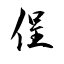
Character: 侱